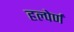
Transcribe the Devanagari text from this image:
हल्पेर्ण